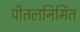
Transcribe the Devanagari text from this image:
पीतलनिर्मित